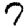
Digit: 7